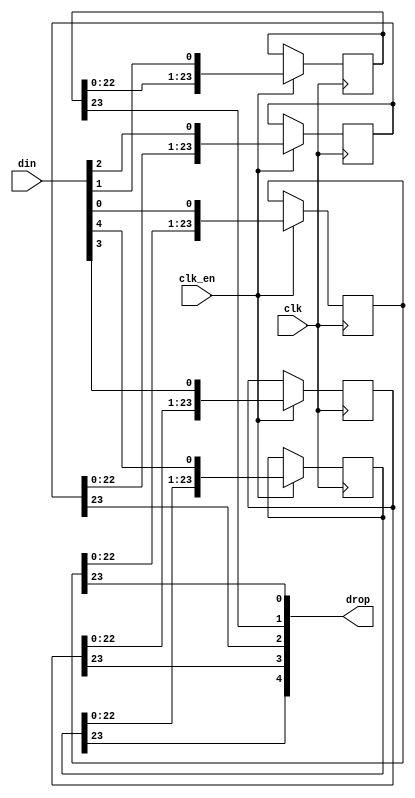
/*  This file is part of JTFRAME.
    JTFRAME program is free software: you can redistribute it and/or modify
    it under the terms of the GNU General Public License as published by
    the Free Software Foundation, either version 3 of the License, or
    (at your option) any later version.

    JTFRAME program is distributed in the hope that it will be useful,
    but WITHOUT ANY WARRANTY; without even the implied warranty of
    MERCHANTABILITY or FITNESS FOR A PARTICULAR PURPOSE.  See the
    GNU General Public License for more details.

    You should have received a copy of the GNU General Public License
    along with JTFRAME.  If not, see <http://www.gnu.org/licenses/>.

    Author: Jose Tejada Gomez. Twitter: @topapate
    Version: 1.0
    Date: 27-10-2017 */

module jtframe_sh #(parameter width=5, stages=24 )
(
    input                           clk,
    input                           clk_en,
    input       [width-1:0]         din,
    output      [width-1:0]         drop
);

reg [stages-1:0] bits[width-1:0];

// This makes the argument stages=1 valid:
localparam WM = stages>1 ? stages-2 : 0;

generate
    genvar i;
    for (i=0; i < width; i=i+1) begin: bit_shifter
        always @(posedge clk) if(clk_en) begin
                bits[i] <= {bits[i][WM:0], din[i]};
            end
        assign drop[i] = bits[i][stages-1];
    end
endgenerate

endmodule